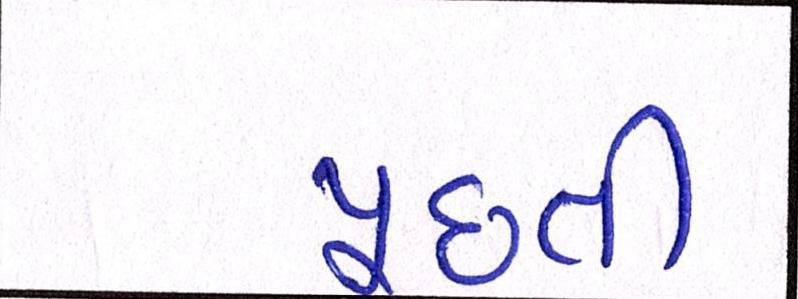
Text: પૂછતી